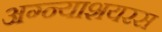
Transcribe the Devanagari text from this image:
अग्न्याशयरस